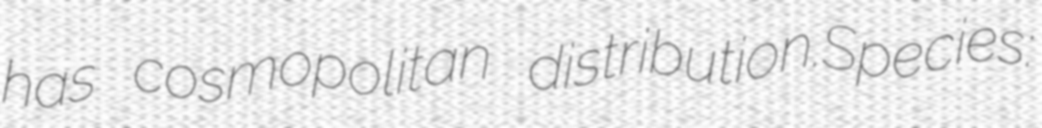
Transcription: has cosmopolitan distribution.Species: